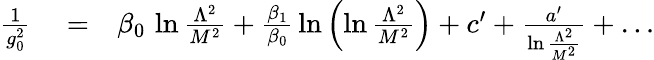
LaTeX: \begin{array}{rlr}{{\frac{1}{g_{0}^{2}}}}&{{}=}&{\beta_{0}\, \ln{\frac{\Lambda^{2}}{M^{2}}}+{\frac{\beta_{1}}{\beta_{0}}}\ln\left(\ln{\frac{\Lambda^{2}}{M^{2}}}\right)+c^{\prime}+{\frac{a^{\prime}}{\ln{\frac{\Lambda^{2}}{M^{2}}}}}+\dots}\end{array}